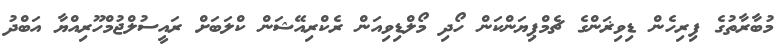
މުބާރާތުގެ ފިރިހެން ޑިވިޜަންގެ ޗެމްޕިޔަންކަން ހޯދި މޯލްޑިވިއަން ރެކްރިއޭޝަން ކްލަބަށް ރައީސުލްޖުމްހޫރިއްޔާ އަބްދު